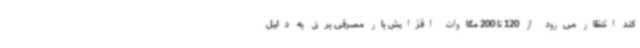
کند انتظار می‌رود از 120 تا 200 مگاوات افزایش بار مصرفی برق به دلیل